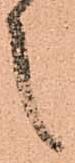
之